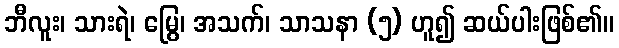
ဘီလူး၊ သားရဲ၊ မြွေ၊ အသက်၊ သာသနာ (၅) ဟူ၍ ဆယ်ပါးဖြစ်၏။